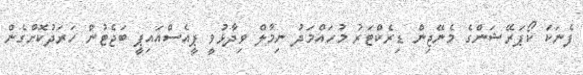
ފެނަކަ ކޯޕަރޭޝަންގެ މެނޭޖިން ޑިރެކްޓަރު މުހައްމަދު ނިމާލް ވިދާޅުވީ ޕީއެސްއައިޕީ ބަޖެޓުން ހަރަދުކޮށްގެން